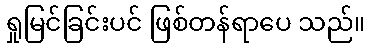
ရှုမြင်ခြင်းပင် ဖြစ်တန်ရာပေ သည်။